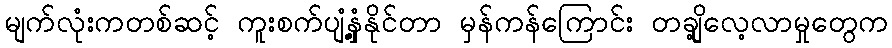
မျက်လုံးကတစ်ဆင့် ကူးစက်ပျံ့နှံ့နိုင်တာ မှန်ကန်ကြောင်း တချို့လေ့လာမှုတွေက